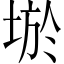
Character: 𡌧